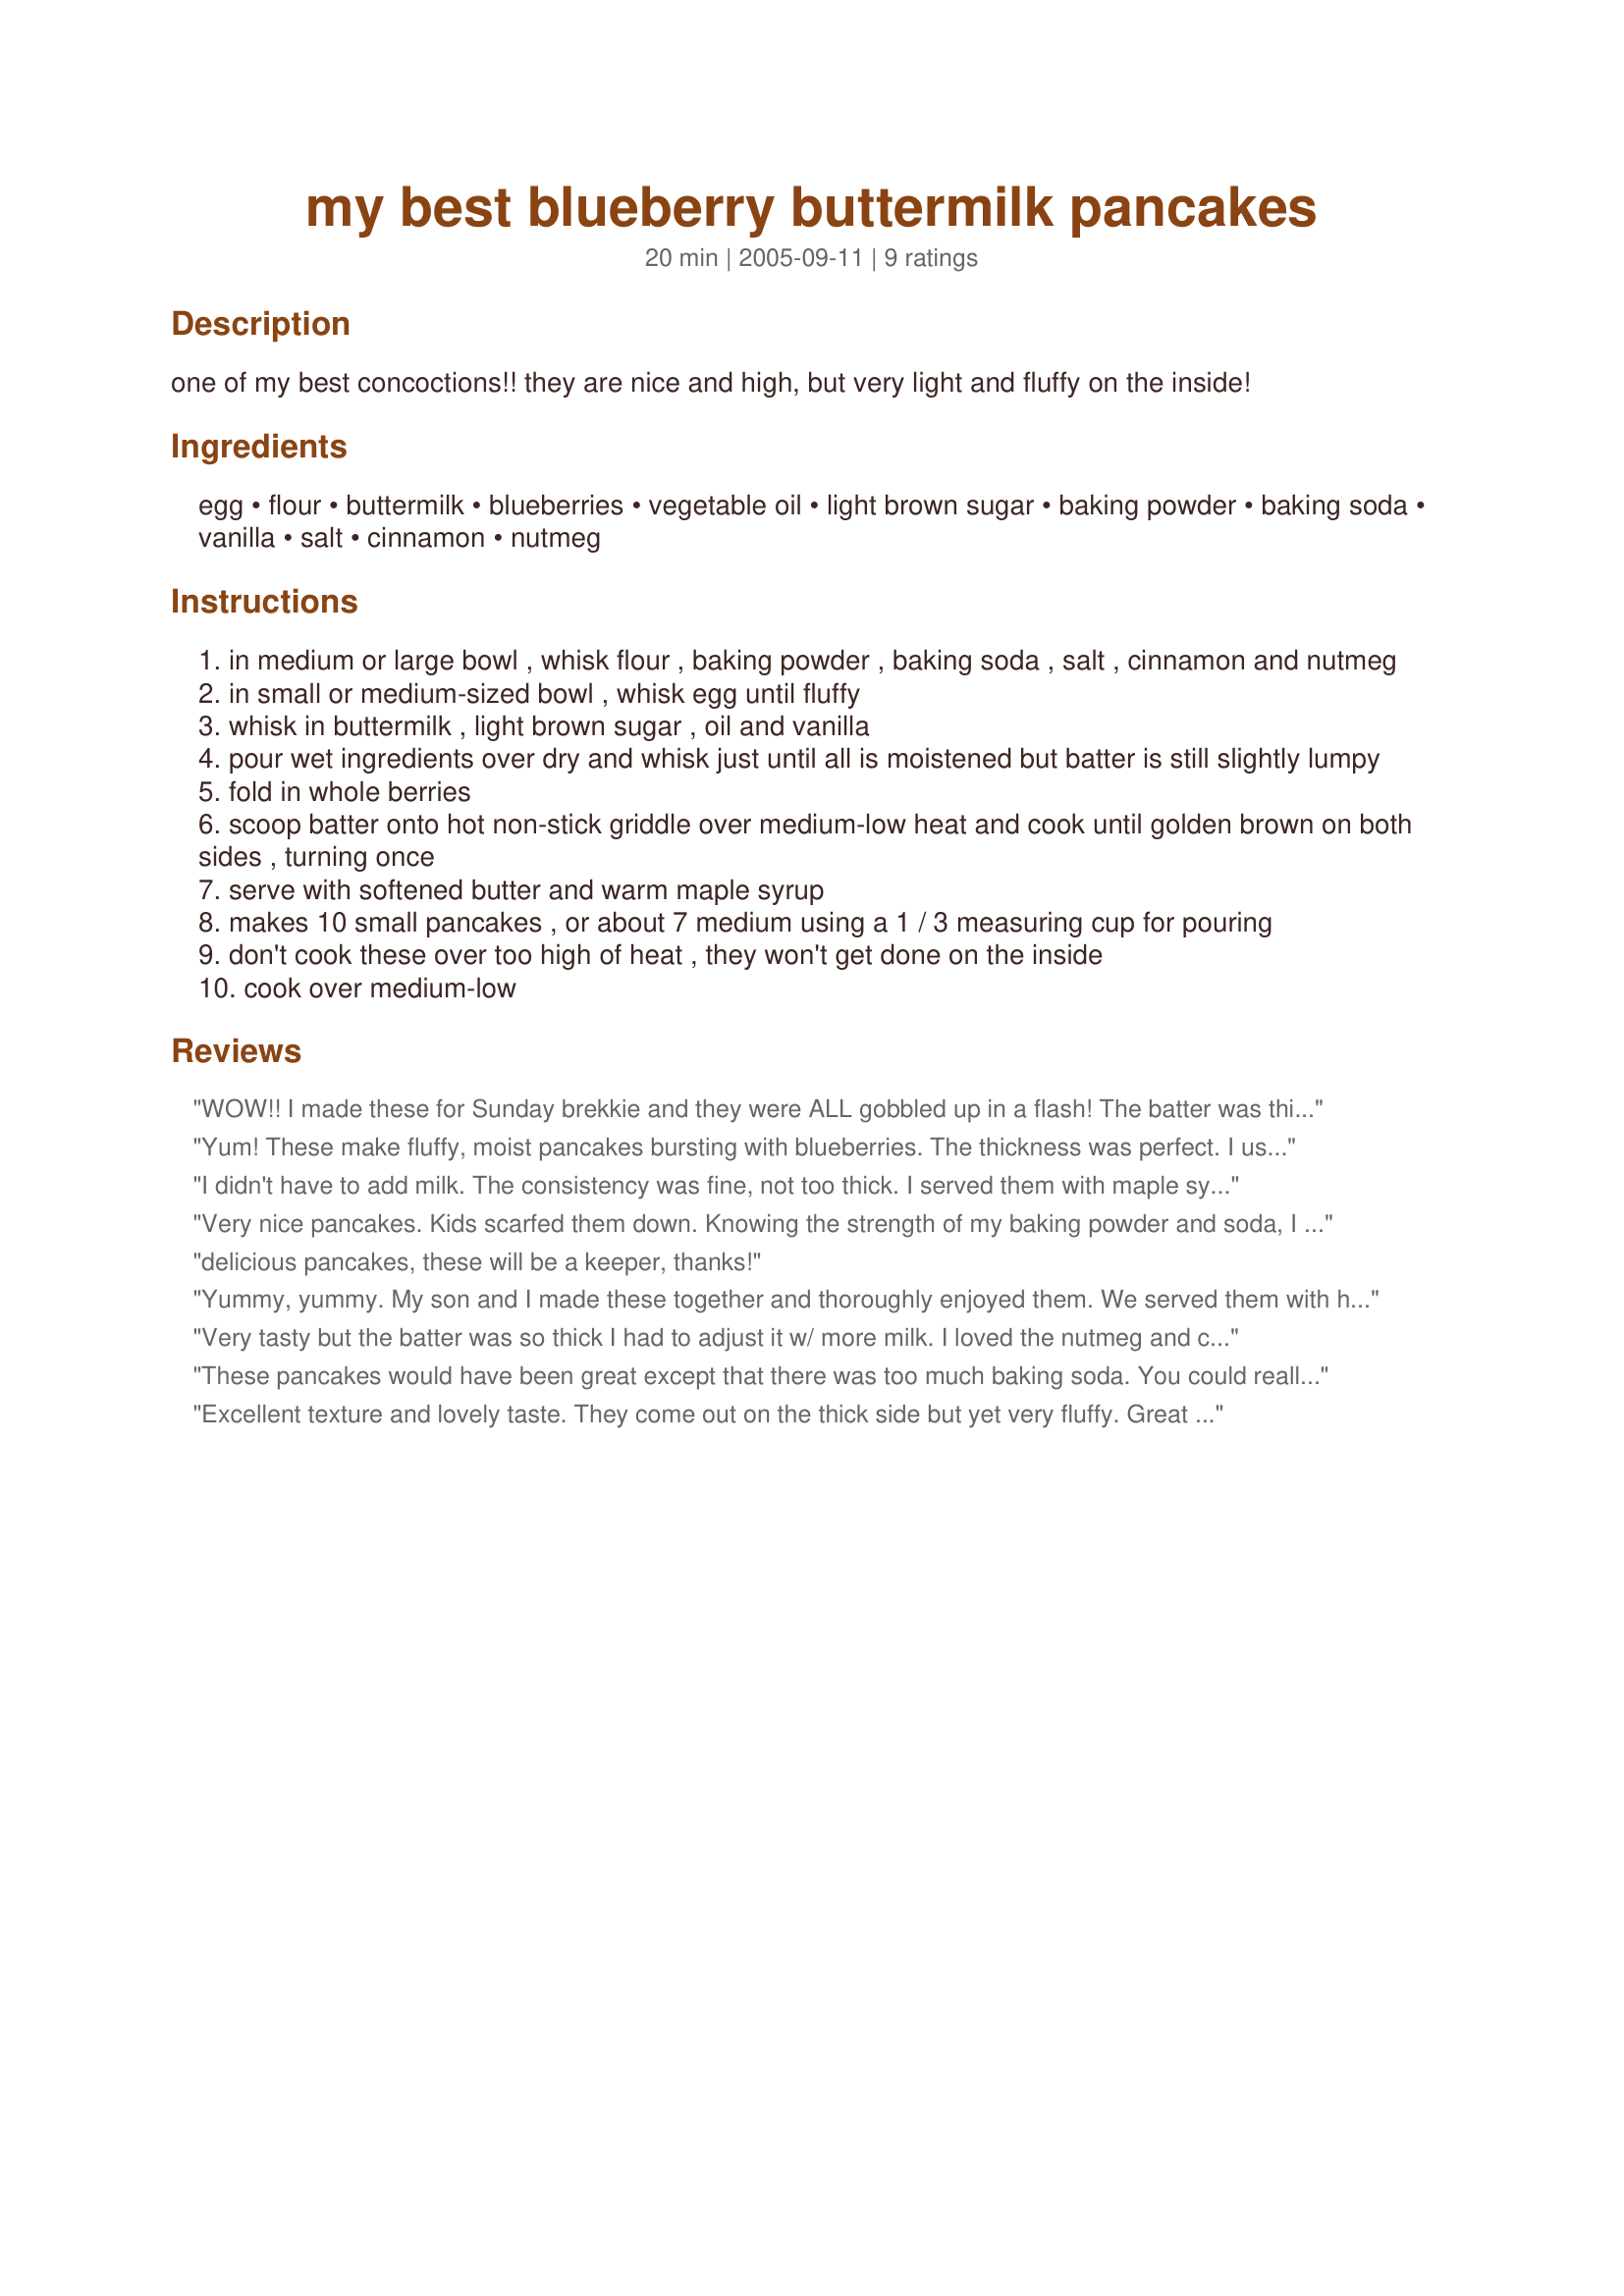
my best blueberry buttermilk pancakes
Preparation time: 20 minutes

one of my best concoctions!! they are nice and high, but very light and fluffy on the inside!

Ingredients:
egg, flour, buttermilk, blueberries, vegetable oil, light brown sugar, baking powder, baking soda, vanilla, salt, cinnamon, nutmeg

Steps:
in medium or large bowl , whisk flour , baking powder , baking soda , salt , cinnamon and nutmeg
in small or medium-sized bowl , whisk egg until fluffy
whisk in buttermilk , light brown sugar , oil and vanilla
pour wet ingredients over dry and whisk just until all is moistened but batter is still slightly lumpy
fold in whole berries
scoop batter onto hot non-stick griddle over medium-low heat and cook until golden brown on both sides , turning once
serve with softened butter and warm maple syrup
makes 10 small pancakes , or about 7 medium using a 1 / 3 measuring cup for pouring
don't cook these over too high of heat , they won't get done on the inside
cook over medium-low

Reviews:
WOW!! I made these for Sunday brekkie and they were ALL gobbled up in a flash! The batter was thick, but that is JUST the way I prefer it for pancakes that have fruit in them - you need the bulk to hold the fruit in the batter. I splashed out and bought some VERY expensive frozen blueberries from Canada, it is not the season for them here and they are slightly different here anyway, myrtille we call them! I served them with maple syrup as you suggested and butter as well....delicious! I took NO photos today - my batteries on BOTH cameras died - post holiday and ZWT fatigue I suspect! LOL! I will be making these again and will take photos then - thanks Kelly! AB FAB! Made for ZWT4 - FT
:-)
Yum! These make fluffy, moist pancakes bursting with blueberries. The thickness was perfect. I used 1/4 of the oil and all ww flour. I love the bit of spice here. The cinnamon flavour was slight, yet especially noticble with the first few bites, and a enjoyable surprise! Thanks Kelly! Made during ZWT 4.
I didn't have to add milk. The consistency was fine, not too thick. I served them with maple syrup (from Quebec, from my cousin). Thanks Wildflour. Made for the Babes of ZWT4
Very nice pancakes. Kids scarfed them down. Knowing the strength of my baking powder and soda, I reduced both to one teaspoon. I still had a batter so thick that I had to add a little milk in. I love recipes that use buttermilk...used coconut oil for vegetable, used a combo or white and wheat flours, and sweetened with maple syrup and sucanat in place of the brown sugar. Tasty breakfast. Made for my Babes for ZWT4 Canada.
delicious pancakes, these will be a keeper, thanks!
Yummy, yummy. My son and I made these together and thoroughly enjoyed them. We served them with hot maple syrup and they were devoured very quickly. Made in Canada during ZWT4.
Very tasty but the batter was so thick I had to adjust it w/ more milk. I loved the nutmeg and cinnamon in the batter. By the time I got to the last pancake I had the 'learning curve' down and the batter the right consistency. It was enough for the two of us a lovely breakfast with maple syrup (from Vermont - Shhh - don't tell!) and butter. Made for the Daffy Daffodils ZWT4
These pancakes would have been great except that there was too much baking soda. You could really taste it in the pancakes - even with yogurt and maple syrup (our favorite pancake toppings) you could still taste it. We followed the recipe except that we omitted the oil.
Excellent texture and lovely taste. They come out on the thick side but yet very fluffy. Great recipe!
